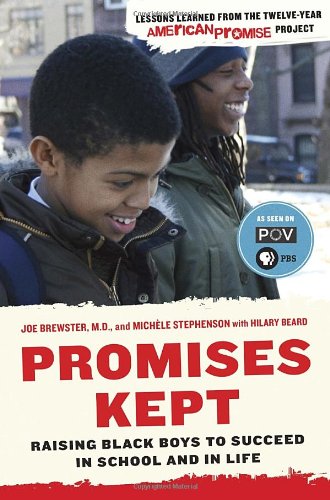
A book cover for Promises Kept: Raising Black Boys to Succeed in School and in Life; Dr. Joe Brewster; Parenting & Relationships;